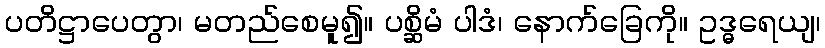
ပတိဋ္ဌာပေတွာ၊ မတည်စေမူ၍။ ပစ္ဆိမံ ပါဒံ၊ နောက်ခြေကို။ ဥဒ္ဓရေယျ၊